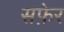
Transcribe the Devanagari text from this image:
सफ़ेर